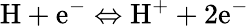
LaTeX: \mathrm{H}+\mathrm{e^{-}}\Leftrightarrow\mathrm{H^{+}}+2\mathrm{e^{-}}